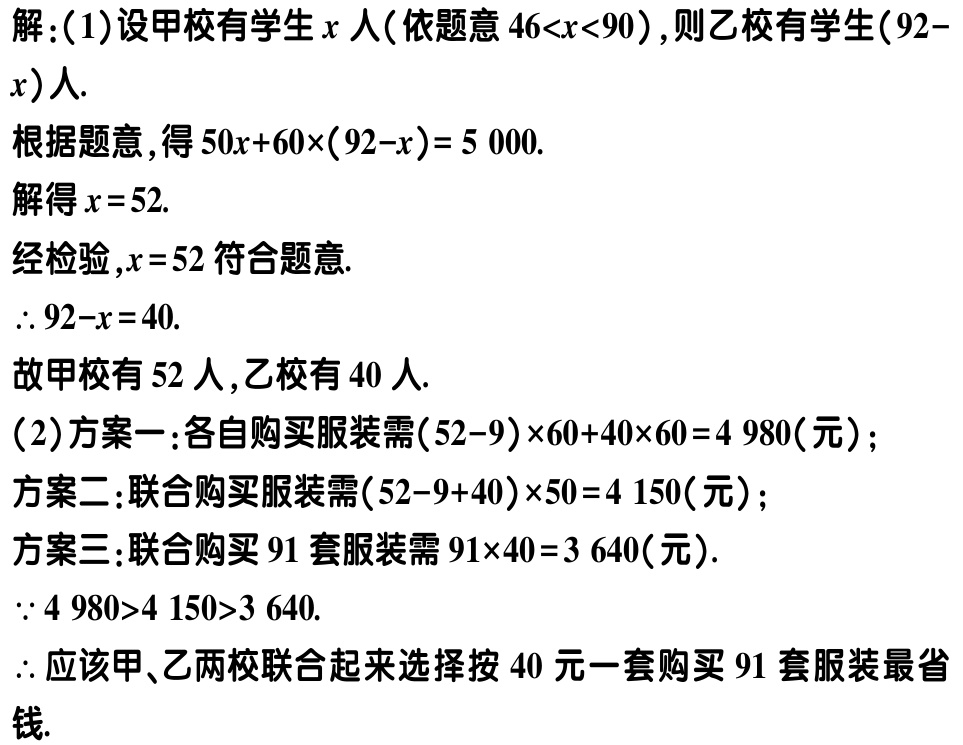
解：(1)设甲校有学生\(x\)人(依题意\(46<x<90\))，则乙校有学生\((92 - x)\)人.

根据题意，得\(50x + 60\times(92 - x)=5000\).

解得\(x = 52\).

经检验，\(x = 52\)符合题意.

\(\therefore 92 - x = 40\).

故甲校有\(52\)人，乙校有\(40\)人.

(2)方案一：各自购买服装需\((52 - 9)\times60 + 40\times60 = 4980\)(元)；

方案二：联合购买服装需\((52 - 9 + 40)\times50 = 4150\)(元)；

方案三：联合购买\(91\)套服装需\(91\times40 = 3640\)(元).

\(\because 4980>4150>3640\).

\(\therefore\)应该甲、乙两校联合起来选择按\(40\)元一套购买\(91\)套服装最省钱.